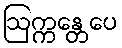
ဩက္ကန္တေပေ